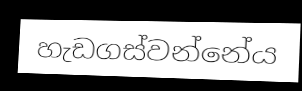
හැඩගස්වන්නේය